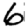
Digit: 6